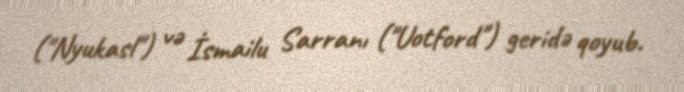
("Nyukasl") və İsmailu Sarranı ("Uotford") geridə qoyub.